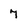
Character: 7